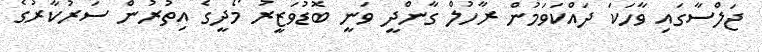
ޖަލްސާގައި ވާހަކަ ދައްކަވަމުން ރާހުލް ގާންދީ ވަނީ ބޮޑުވަޒީރު މޯދީގެ އިތުރުން ސަރުކާރުގެ